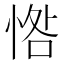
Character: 𢜥